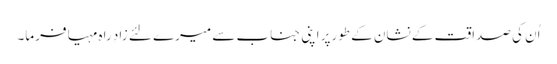
اُن کی صداقت کے نشان کے طورپر اپنی جناب سے میرے لئے زادِ راہ مہیا فرما۔